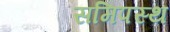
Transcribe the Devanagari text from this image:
समिपस्थ